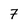
Character: 7